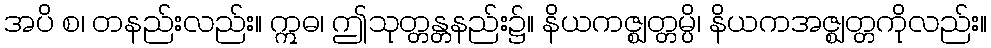
အပိ စ၊ တနည်းလည်း။ ဣဓ၊ ဤသုတ္တန္တနည်း၌။ နိယကဇ္ဈတ္တမ္ပိ၊ နိယကအဇ္ဈတ္တကိုလည်း။